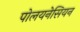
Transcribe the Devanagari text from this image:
पोलयनेसियन